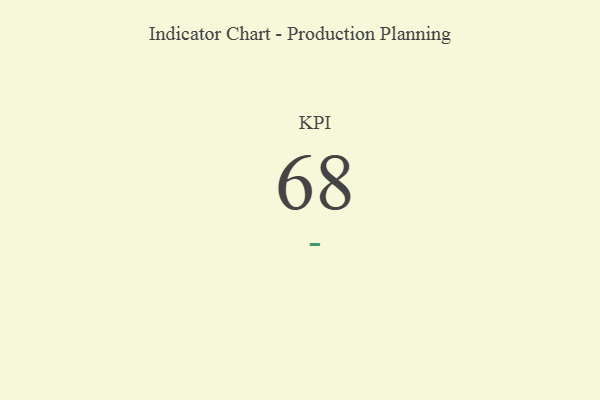
{"axis": {"x": "KPI", "y": "Value"}, "legend": [""], "data": [{"x": "KPI", "y": 68, "type": ""}]}